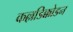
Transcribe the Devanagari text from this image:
कल्लडिक्कोडन